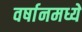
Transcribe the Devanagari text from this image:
वर्षानमध्ये